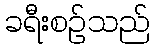
ခရီးစဉ်သည်